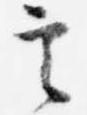
言